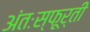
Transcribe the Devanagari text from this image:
अंतःस्फूर्ती